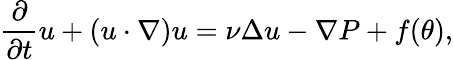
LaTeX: \frac{\partial}{\partial t}u+(u\cdot\nabla)u=\nu\Delta u-\nabla P+f(\theta),